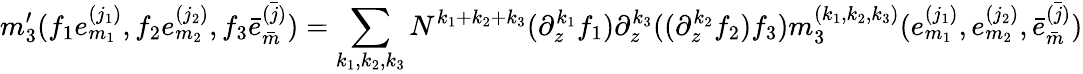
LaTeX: m_{3}^{\prime}(f_{1}e_{m_{1}}^{(j_{1})},f_{2}e_{m_{2}}^{(j_{2})},f_{3}\bar{e}_{\bar{m}}^{\bar{(j)}})=\sum_{k_{1},k_{2},k_{3}}N^{k_{1}+k_{2}+k_{3}}(\partial_{z}^{k_{1}}f_{1})\partial_{z}^{k_{3}}((\partial_{z}^{k_{2}}f_{2})f_{3})m_{3}^{(k_{1},k_{2},k_{3})}(e_{m_{1}}^{(j_{1})},e_{m_{2}}^{(j_{2})},\bar{e}_{\bar{m}}^{\bar{(j)}})